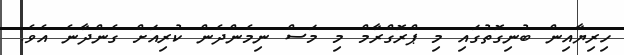
ހިރިޔާއިން ބުނިގޮތުގައި މި ޕްރޮގްރާމް މި މަސް ނިމެންދެން ކުރިއަށް ގެންދާނެ އެވެ.